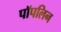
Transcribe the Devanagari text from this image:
पॉपलिन